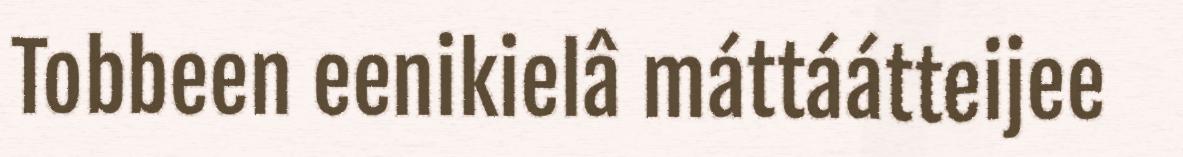
Tobbeen eenikielâ máttáátteijee